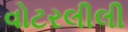
વોટરલીલી